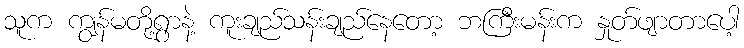
သူက ကျွန်မတို့ရွာနဲ့ ကူးချည်သန်းချည်နေတော့ ဘကြီးမန်းက နှုတ်ဖျာတာပေါ့